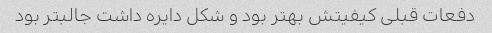
دفعات قبلی کیفیتش بهتر بود و شکل دایره داشت جالبتر بود